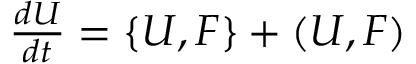
\begin{array} { r } { \frac { d U } { d t } = \{ U , F \} + ( U , F ) } \end{array}